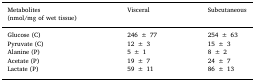
<table><thead><tr><td><b>Metabolites(nmol/mg of wet tissue)</b></td><td><b>Visceral</b></td><td><b>Subcutaneous</b></td></tr></thead><tbody><tr><td>Glucose (C)</td><td>246 ± 77</td><td>254 ± 63</td></tr><tr><td>Pyruvate (C)</td><td>12 ± 3</td><td>15 ± 3</td></tr><tr><td>Alanine (P)</td><td>5 ± 1</td><td>8 ± 2</td></tr><tr><td>Acetate (P)</td><td>19 ± 7</td><td>24 ± 7</td></tr><tr><td>Lactate (P)</td><td>59 ± 11</td><td>86 ± 13</td></tr></tbody></table>